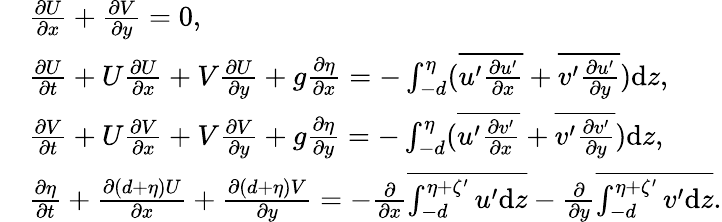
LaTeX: \begin{array}{rl}&{\frac{\partial U}{\partial x}+\frac{\partial V}{\partial y}=0,}\\ &{\frac{\partial U}{\partial t}+U\frac{\partial U}{\partial x}+V\frac{\partial U}{\partial y}+g\frac{\partial\eta}{\partial x}=-\int_{-d}^{\eta}(\overline{{u^{\prime}\frac{\partial u^{\prime}}{\partial x}}}+\overline{{v^{\prime}\frac{\partial u^{\prime}}{\partial y}}})\mathrm{d}z,}\\ &{\frac{\partial V}{\partial t}+U\frac{\partial V}{\partial x}+V\frac{\partial V}{\partial y}+g\frac{\partial\eta}{\partial y}=-\int_{-d}^{\eta}(\overline{{u^{\prime}\frac{\partial v^{\prime}}{\partial x}}}+\overline{{v^{\prime}\frac{\partial v^{\prime}}{\partial y}}})\mathrm{d}z,}\\ &{\frac{\partial\eta}{\partial t}+\frac{\partial\left(d+\eta\right)U}{\partial x}+\frac{\partial\left(d+\eta\right)V}{\partial y}=-\frac{\partial}{\partial x}\overline{{\int_{-d}^{\eta+\zeta^{\prime}}u^{\prime}\mathrm{d}z}}-\frac{\partial}{\partial y}\overline{{\int_{-d}^{\eta+\zeta^{\prime}}v^{\prime}\mathrm{d}z}}.}\end{array}